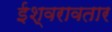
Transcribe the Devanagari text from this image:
ईश्वरावतार